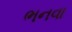
ભનવા